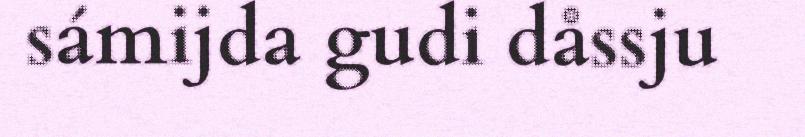
sámijda gudi dåssju